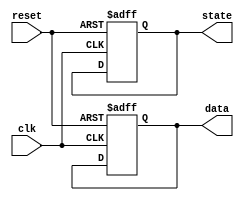
module initialization_example (
    input wire clk,          // Clock signal
    input wire reset,        // Reset signal
    output reg [7:0] data,   // Example register
    output reg state         // Example state variable
);

// Initialization Block
always @(posedge clk or posedge reset) begin
    if (reset) begin
        // Initialize registers and state variables
        data <= 8'b00000000; // Set data register to 0
        state <= 1'b0;       // Set state to initial state (0)
    end else begin
        // Main operation logic can go here
        // For example, update data and state based on some conditions
        // data <= data + 1; // Example operation
        // state <= next_state; // Example state transition
    end
end

endmodule